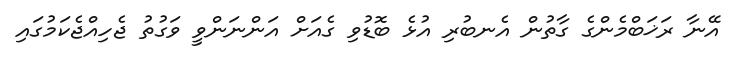
އޭނާ ރަޚަބްމެންގެ ގާތުން އެނބުރި އުޅެ ބޮޑުވި ގެއަށް އަންނަންވީ ވަގުތު ޖެހިއްޖެކަމުގައި